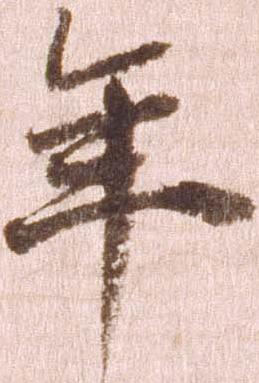
年